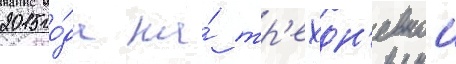
2015 го́да на́ тр'ехдн'евнои